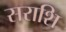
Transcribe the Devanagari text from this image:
सराशि